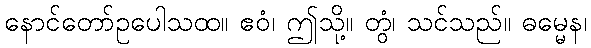
နောင်တော်ဥပေါသထ။ ဧဝံ၊ ဤသို့။ တွံ၊ သင်သည်။ ဓမ္မေန၊